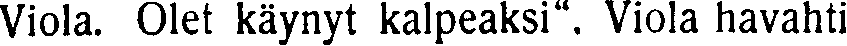
Viola. Olet käynyt kalpeaksi". Viola havahti